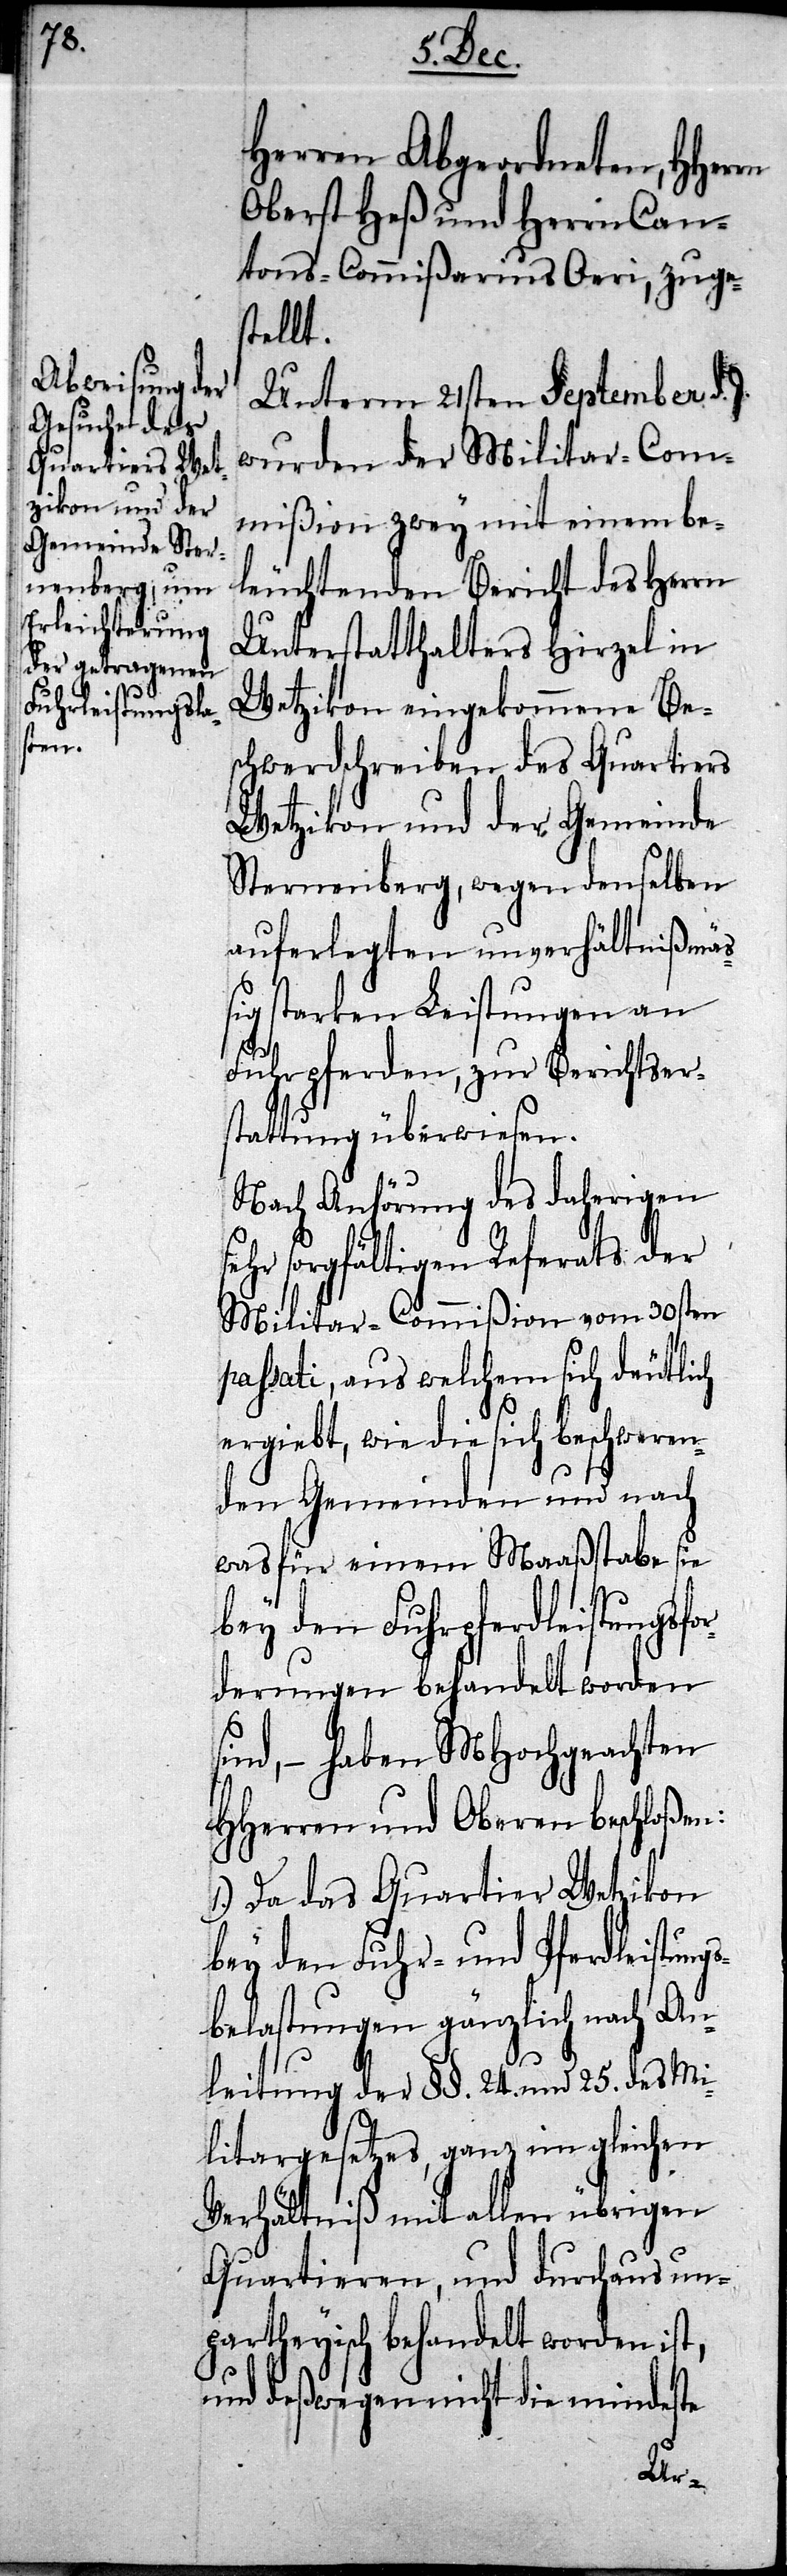
se¬

Herren Abgeordneten, HHerrn
Oberst Heß und Herrn Can¬
tons-Commißarius Oeri, zuges¬
tellt.
Unterm 21sten September d.
wurden der Militar-Com¬
mißion zwey mit einem be¬
leuchtenden Bericht des Herrn
Unterstatthalters Hirzel in
Wetzikon eingekommene Bes¬
chwerdschreiben des Quartiers
Wetzikon und der Gemeinde
Sternenberg, wegen denselben
auferlegten unverhältnißmäßig
starken Leistungen an
Fuhrpferden, zur Berichtser¬
stattung überwiesen.
Nach Anhörung des daherigen
hr sorgfältigen Referats der
Militar-Commißion vom 30sten
passati, aus welchem sich deutlich
ergiebt, wie die sich beschweren¬
den Gemeinden und nach
was für einem Maaßstabe sie
bey den Fuhrpferdleistungsfor¬
derungen behandelt worden
sind, – haben MHochgeachten
HHerren und Oberen beschloßen:
1.) Da das Quartier Wetzikon
bey den Fuhr- und Pferdleistung¬
sbelastungen gänzlich nach An¬
leitung der §§. 24. und 25. des Mi¬
litargesetzes, ganz im gleichen
Verhältniß mit allen übrigen
Quartieren, und durchaus un¬
partheyisch behandelt worden ist,
und deßwegen nicht die mindeste